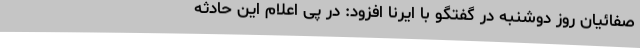
صفائیان روز دوشنبه در گفتگو با ایرنا افزود: در پی اعلام این حادثه